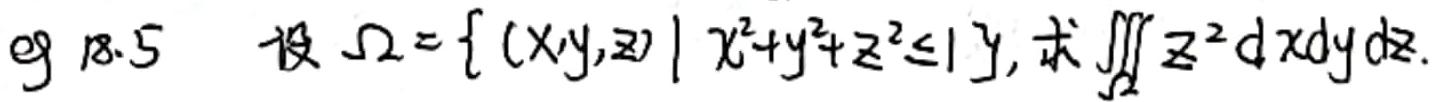
eg 18.5  设 $\Omega = \{ (x,y,z) \mid x^{2}+y^{2}+z^{2}\leq 1 \}$, 求 $\iiint_{\Omega} z^{2} \mathrm{d}x\mathrm{d}y\mathrm{d}z$.